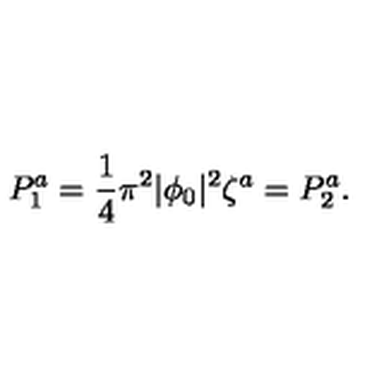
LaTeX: P _ { 1 } ^ { a } = { \frac { 1 } { 4 } } \pi ^ { 2 } | \phi _ { 0 } | ^ { 2 } \zeta ^ { a } = P _ { 2 } ^ { a } .